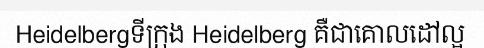
Heidelbergទីក្រុង Heidelberg គឺជាគោលដៅល្អ